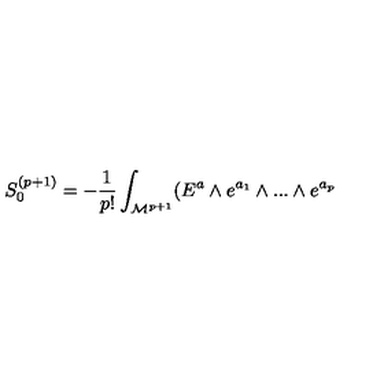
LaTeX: S _ { 0 } ^ { ( p + 1 ) } = - { \frac { 1 } { p ! } } \int _ { { \cal { M } } ^ { p + 1 } } ( E ^ { a } \wedge e ^ { a _ { 1 } } \wedge . . . \wedge e ^ { a _ { p } }